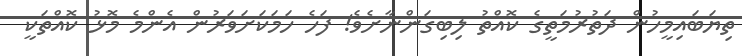
ތިޔަބައިމީހުން ދަތުރުމަތީގެ ކޮއްތު ލިބިގަންނާށެވެ! ފަހެ ހަމަކަށަވަރުން އެންމެ މޮޅު ކޮއްތަކީ